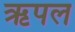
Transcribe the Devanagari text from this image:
ऋपल